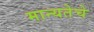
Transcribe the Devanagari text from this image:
मान्यतेचे